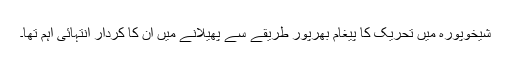
شیخوپورہ میں تحریک کا پیغام بھرپور طریقے سے پھیلانے میں ان کا کردار انتہائی اہم تھا۔